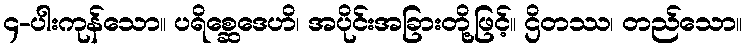
၄-ပါးကုန်သော။ ပရိစ္ဆေဒေဟိ၊ အပိုင်းအခြားတို့ဖြင့်။ ဌိတဿ၊ တည်သော။